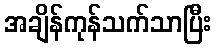
အချိန်ကုန်သက်သာပြီး